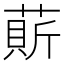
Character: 𦹱